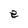
Character: e